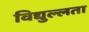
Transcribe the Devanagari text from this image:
विद्युल्लता